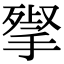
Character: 𢱵